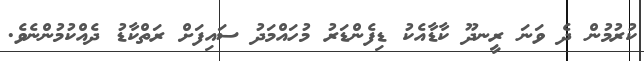
ކުރުމުން ދެ ވަނަ ރީނދޫ ކާޑާއެކު ޑިފެންޑަރު މުހައްމަދު ސައިފަށް ރަތްކާޑު ދެއްކުމުންނެވެ.